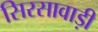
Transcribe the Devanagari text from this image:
सिरसावाड़ी